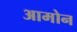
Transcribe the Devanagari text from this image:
आमोन